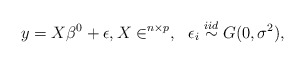
\begin{align*}y = X \beta^0 + \epsilon, X \in \real^{n \times p}, ~~\epsilon_i \overset{iid}{\sim} G(0,\sigma^2),\end{align*}